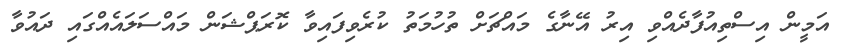
އަމީން އިސްތިއުފާދެއްވި އިރު އޭނާގެ މައްޗަށް ތުހުމަތު ކުރެވިފައިވާ ކޮރަޕްޝަން މައްސަލައެއްގައި ދައުވާ